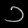
Digit: ၁